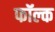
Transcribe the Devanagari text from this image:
फॉल्क